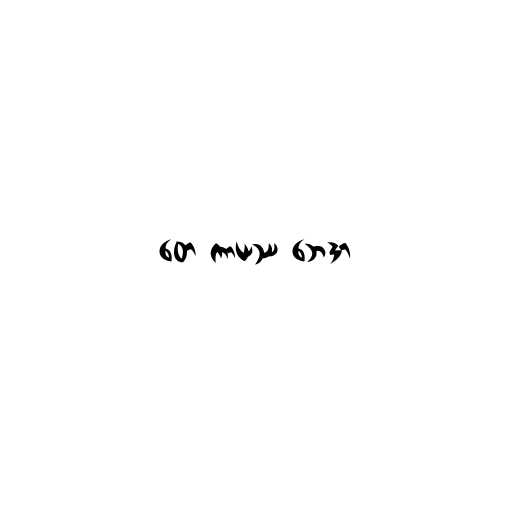
တေ ကာယဿ ဘေဒာ